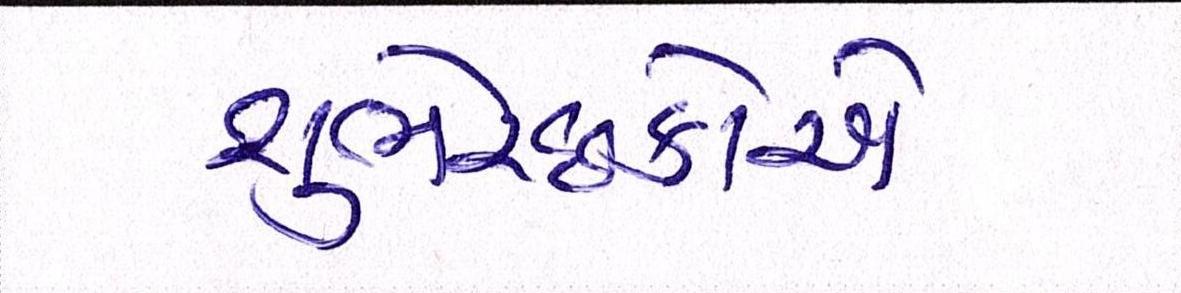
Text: શુભેચ્છકોએ